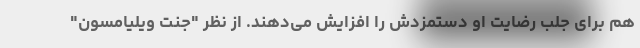
هم برای جلب رضایت او دستمزدش را افزایش می‌دهند. از نظر "جنت ویلیامسون"